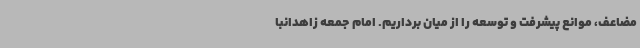
مضاعف، موانع پیشرفت و توسعه را از میان برداریم. امام جمعه زاهدانبا